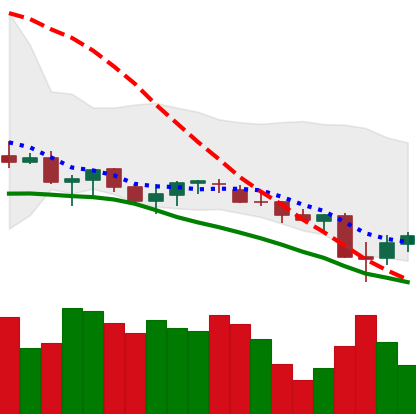
Ticker: XLM-USD
Chart end date: 2021-06-24
Forward return: 4.873%
Label: up_3_5